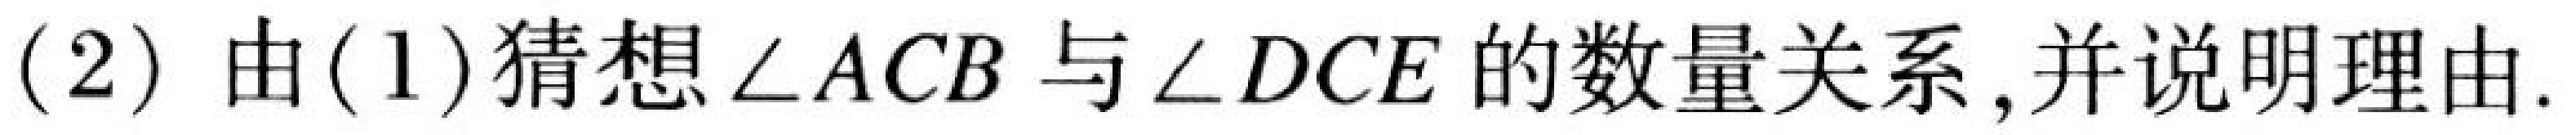
(2) 由(1)猜想\(\angle ACB\)与\(\angle DCE\)的数量关系,并说明理由.